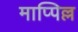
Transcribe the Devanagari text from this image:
माप्पिल्ल